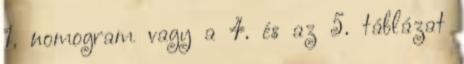
1. nomogram vagy a 4. és az 5. táblázat